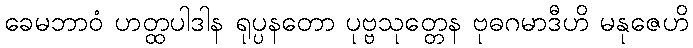
ခေမဘာဝံ ဟတ္ထပါဒါန ရုပ္ပနတော ပုဗ္ဗသုတ္တေန ဗုဓဂမာဒီဟိ မနုဇေဟိ